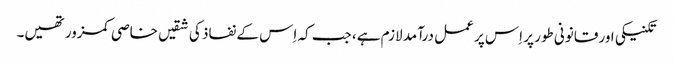
تکنیکی اور قانونی طور پر اِس پر عمل درآمد لازم ہے، جب کہ اِس کے نفاذ کی شقیں خاصی کمزور تھیں۔